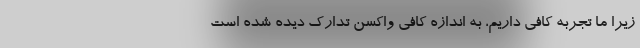
زیرا ما تجربه کافی داریم، به اندازه کافی واکسن تدارک دیده شده است